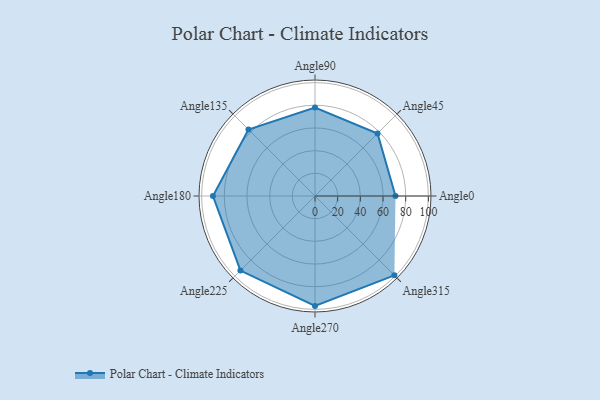
{"axis": {"x": "Angle", "y": "Radius"}, "legend": [""], "data": [{"x": "Angle0", "y": 71.0, "type": ""}, {"x": "Angle45", "y": 78.0, "type": ""}, {"x": "Angle90", "y": 78.0, "type": ""}, {"x": "Angle135", "y": 83.0, "type": ""}, {"x": "Angle180", "y": 90.0, "type": ""}, {"x": "Angle225", "y": 93.0, "type": ""}, {"x": "Angle270", "y": 97.0, "type": ""}, {"x": "Angle315", "y": 99.0, "type": ""}]}